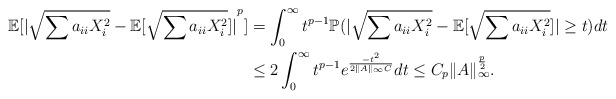
\begin{align*} \mathbb{E}[{|\sqrt{\sum a_{ii} X_i^2} - \mathbb{E}[\sqrt{\sum a_{ii} X_i^2}]|}^p] &= \int_{0}^{\infty} t^{p-1} \mathbb{P}(|\sqrt{\sum a_{ii} X_i^2} - \mathbb{E}[\sqrt{\sum a_{ii} X_i^2}]| \ge t) dt \\ \ & \le 2 \int_{0}^{\infty} t^{p-1} e^{\frac{-t^2}{2 \|A\|_{\infty} C}} dt \le C_p \|A\|_{\infty}^{\frac{p}{2}}. \end{align*}